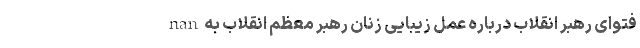
nan فتوای رهبر انقلاب درباره عمل زیبایی زنان رهبر معظم انقلاب به